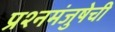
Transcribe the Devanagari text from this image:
प्रश्नमंजुषेची